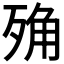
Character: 𣨍